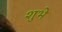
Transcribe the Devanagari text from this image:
शुभे